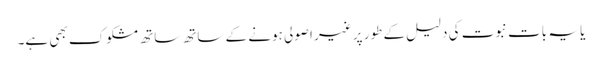
یا یہ بات نبوت کی دلیل کے طور پر غیر اصولی ہونے کے ساتھ ساتھ مشکوک بھی ہے۔